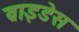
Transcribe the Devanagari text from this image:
ब्राइडेस